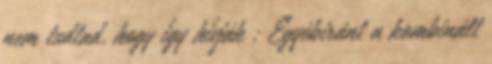
nem tudtad, hogy így hívják : Egyébiránt a kombinált